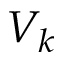
V _ { k }